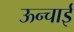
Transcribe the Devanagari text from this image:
ऊन्चाई